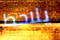
يلاحظ